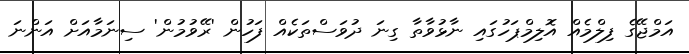
އަމްޖޭގެ ފިލްމެއް އޮލިމްޕަހުގައި ނާޅުވާތާ ގިނަ ދުވަސްތަކެއް ފަހުން 'ރޭވުމުން' ސިނަމާއަށް އަންނަ